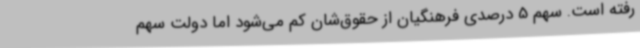
رفته است. سهم 5 درصدی فرهنگیان از حقوق‌شان کم می‌شود اما دولت سهم